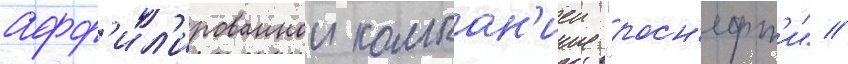
афф'ил'ированнои компан'иеи "росн'ефт'и" //